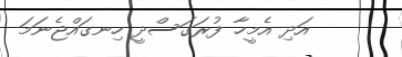
އަދި އެމީހާ ފުރަގަސްދީ ހިނގައްޖެނަމަ